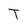
Character: T